Calcutta medical institutions reports 1879-81 [i.e.91]
Year: 1879
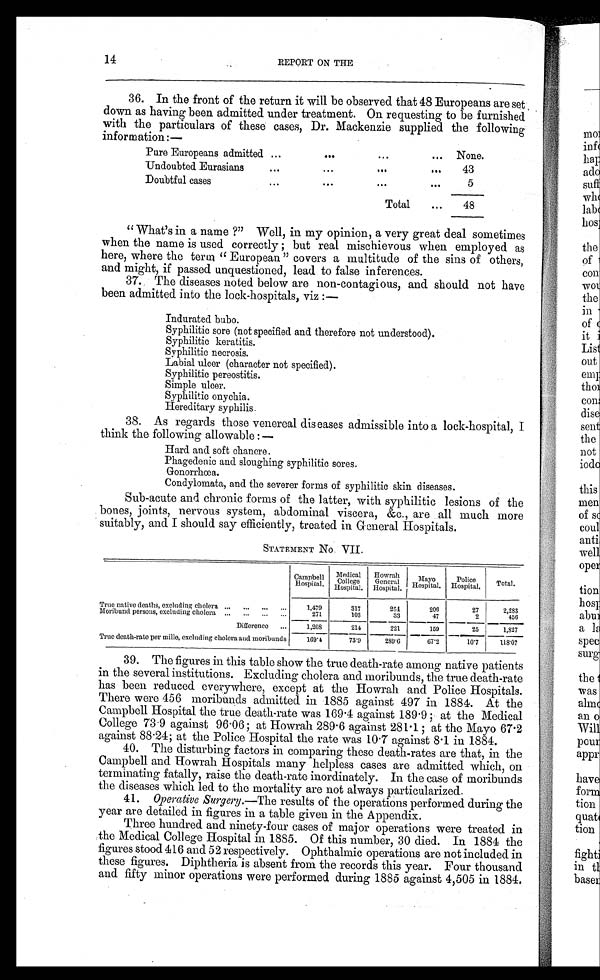
14
REPORT ON THE
36. In the front of the return it will be observed that 48 Europeans are set
down as having been admitted under treatment. On requesting to be furnished
with the particulars of these cases, Dr. Mackenzie supplied the following
information:—
Pure Europeans admitted ...
...
... ... None.
Undoubted Eurasians
...
...
... ...
43
Doubtful cases...
. . .
. . .
5
Total
...
48
" What's in a name?" Well, in my opinion, a very great deal sometimes
when the name is used correctly; but real mischievous when employed as
here, where the term "European" covers a multitude of the sins of others,
and might, if passed unquestioned, lead to false inferences.
37. The diseases noted below are non-contagious, and should not have
been admitted into the lock-hospitals, viz :
—
Indurated bubo.
Syphilitic sore (not specified and therefore not understood).
Syphilitic keratitis.
Syphilitic necrosis.
Labial ulcer (character not specified).
Syphilitic pereostitis.
Simple ulcer.
Syphilitic onychia.
Hereditary syphilis.
38. As regards those venereal diseases admissible into a lock-hospital, I
think the following allowable:—
Hard and soft chancre.
Phagedenic and sloughing syphilitic sores.
Gonorrhœa.
Condylomata, and the severer forms of syphilitic skin diseases.
Sub-acute and chronic forms of the latter, with syphilitic lesions of the
bones, joints, nervous system, abdominal viscera, &c., are all much more
suitably, and I should say efficiently, treated in General Hospitals.
STATEMENT No. VII.
Campbell
Hospital.
Medica
l Colleg
e H o s p i t a l .
Howrah
General
Hospital.
Mayo
Hospital.
Police
Hospital.
Total.
True native deaths, excluding cholera ...
...
...
...
1,479
317
254
206
27
2,283
Moribund persons, excluding cholera ...
...
...
...
271
103
33
47
2
456
Difference
...
1,208
214
221
159
25
1,827
True death-rate per mille, excluding cholera and moribunds
169.4
73.9
289.6
67.2
101
118.07
39. The figures in this table show the true death-rate among native patients
in the several institutions. Excluding cholera and moribunds, the true death-rate
has been reduced everywhere, except at the Howrah and Police Hospitals.
There were 456 moribunds admitted in 1885 against 497 in 1884. At the
Campbell Hospital the true death-rate was 169.4 against 189.9; at the Medical
College 73.9 against 96.06; at Howrah 289.6 against 281.1; at the Mayo 67.2
against 88.24; at the Police Hospital the rate was 10.7 against 8.1 in 1884.
40. The disturbing factors in comparing these death-rates are that, in the
Campbell and Howrah Hospitals many helpless cases are admitted which, on
terminating fatally, raise the death-rate inordinately. In the case of moribunds
the diseases which led to the mortality are not always particularized.
41. Operative Surgery .—The results of the operations performed during the
year are detailed in figures in a table given in the Appendix.
Three hundred and ninety-four cases of major operations were treated in
the Medical College Hospital in 1885. Of this number, 30 died. In 1884 the
figures stood 416 and 52 respectively. Ophthalmic operations are not included in
these figures. Diphtheria is absent from the records this year. Four thousand
and fifty minor operations were performed during 1885 against 4,505 in 1884.